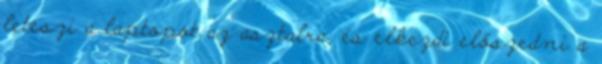
leteszi a laptopot az asztalra, és elkezdi előszedni a